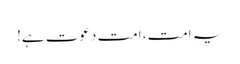
یہ امت، امت دعوت ہے!